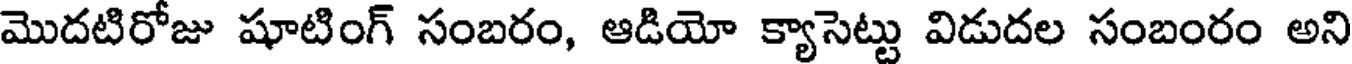
మొదటిరోజు షూటింగ్ సంబరం, ఆడియో క్యాసెట్టు విడుదల సంబంరం అని